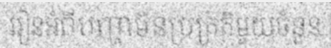
រៀនអំពីបញ្ហាមិនប្រក្រតីមួយចំនួន